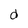
Character: d